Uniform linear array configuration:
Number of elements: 8
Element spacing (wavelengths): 0.25
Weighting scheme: uniform
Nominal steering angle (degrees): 60
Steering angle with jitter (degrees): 59.628
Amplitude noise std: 0.05
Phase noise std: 0.05

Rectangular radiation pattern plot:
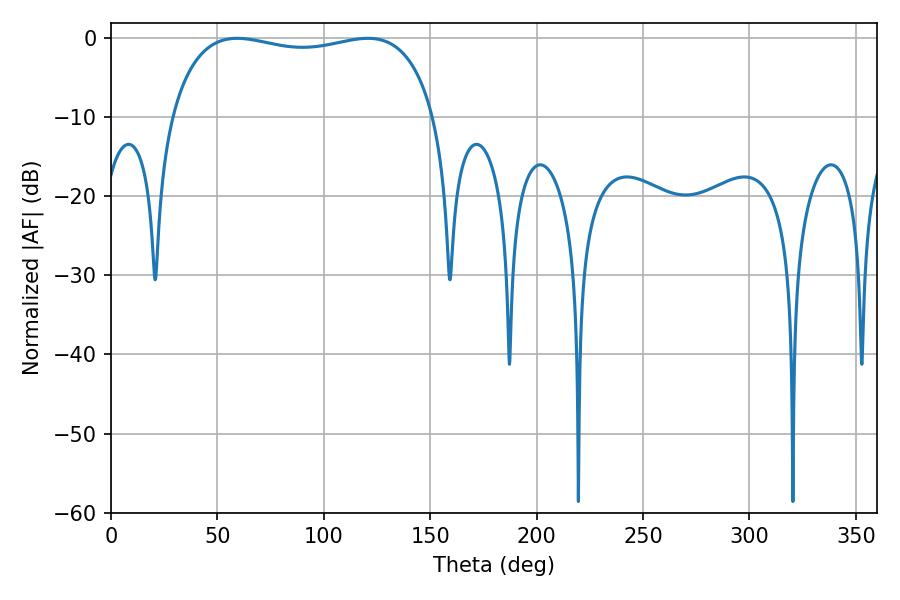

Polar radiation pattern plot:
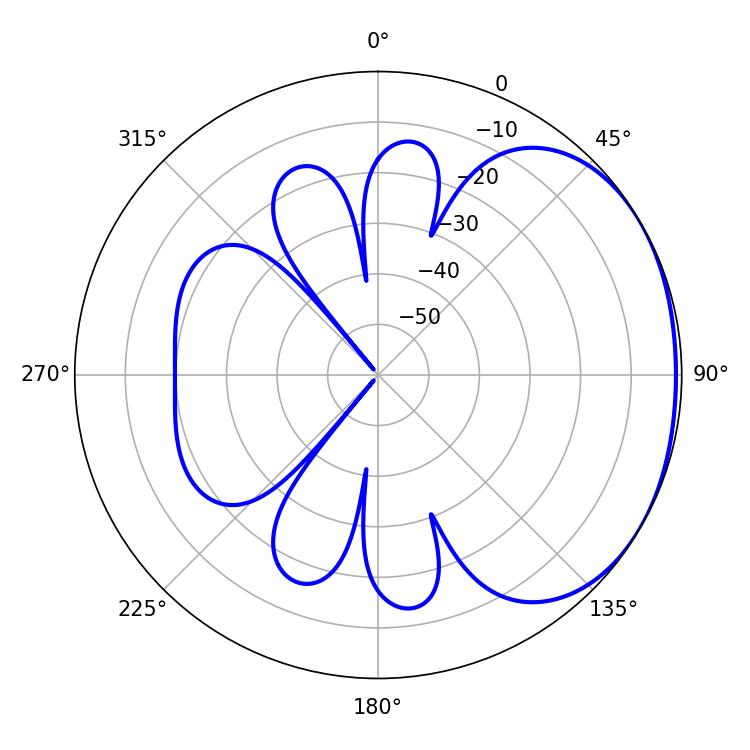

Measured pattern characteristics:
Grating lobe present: FALSE
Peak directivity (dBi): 1.631
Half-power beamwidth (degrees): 100.8
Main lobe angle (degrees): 120.78